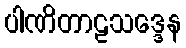
ပါဏိတာဠသဒ္ဒေန